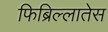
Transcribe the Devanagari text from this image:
फिब्रिल्लातेस